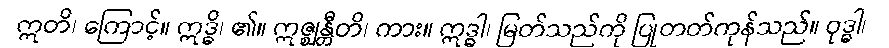
ဣတိ၊ ကြောင့်။ ဣဒ္ဓိ၊ ၏။ ဣဇ္ဈန္တီတိ၊ ကား။ ဣဒ္ဓါ၊ မြတ်သည်ကို ပြုတတ်ကုန်သည်။ ဝုဒ္ဓါ၊